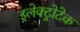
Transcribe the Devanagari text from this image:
इलेक्ट्रोटेक